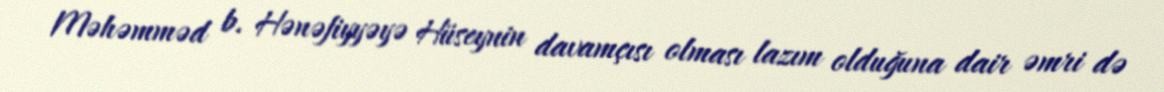
Məhəmməd b. Hənəfiyyəyə Hüseynin davamçısı olması lazım olduğuna dair əmri də